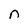
Character: n